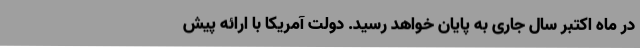
در ماه اکتبر سال جاری به پایان خواهد رسید. دولت آمریکا با ارائه پیش